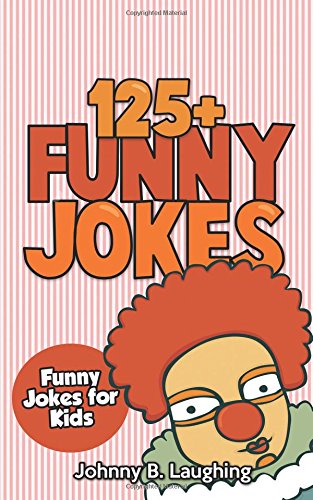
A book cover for Jokes for Kids: 125+ Funny Jokes for Kids: Funny and Hilarious Jokes for Kids (Volume 1); Johnny B. Laughing; Children's Books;